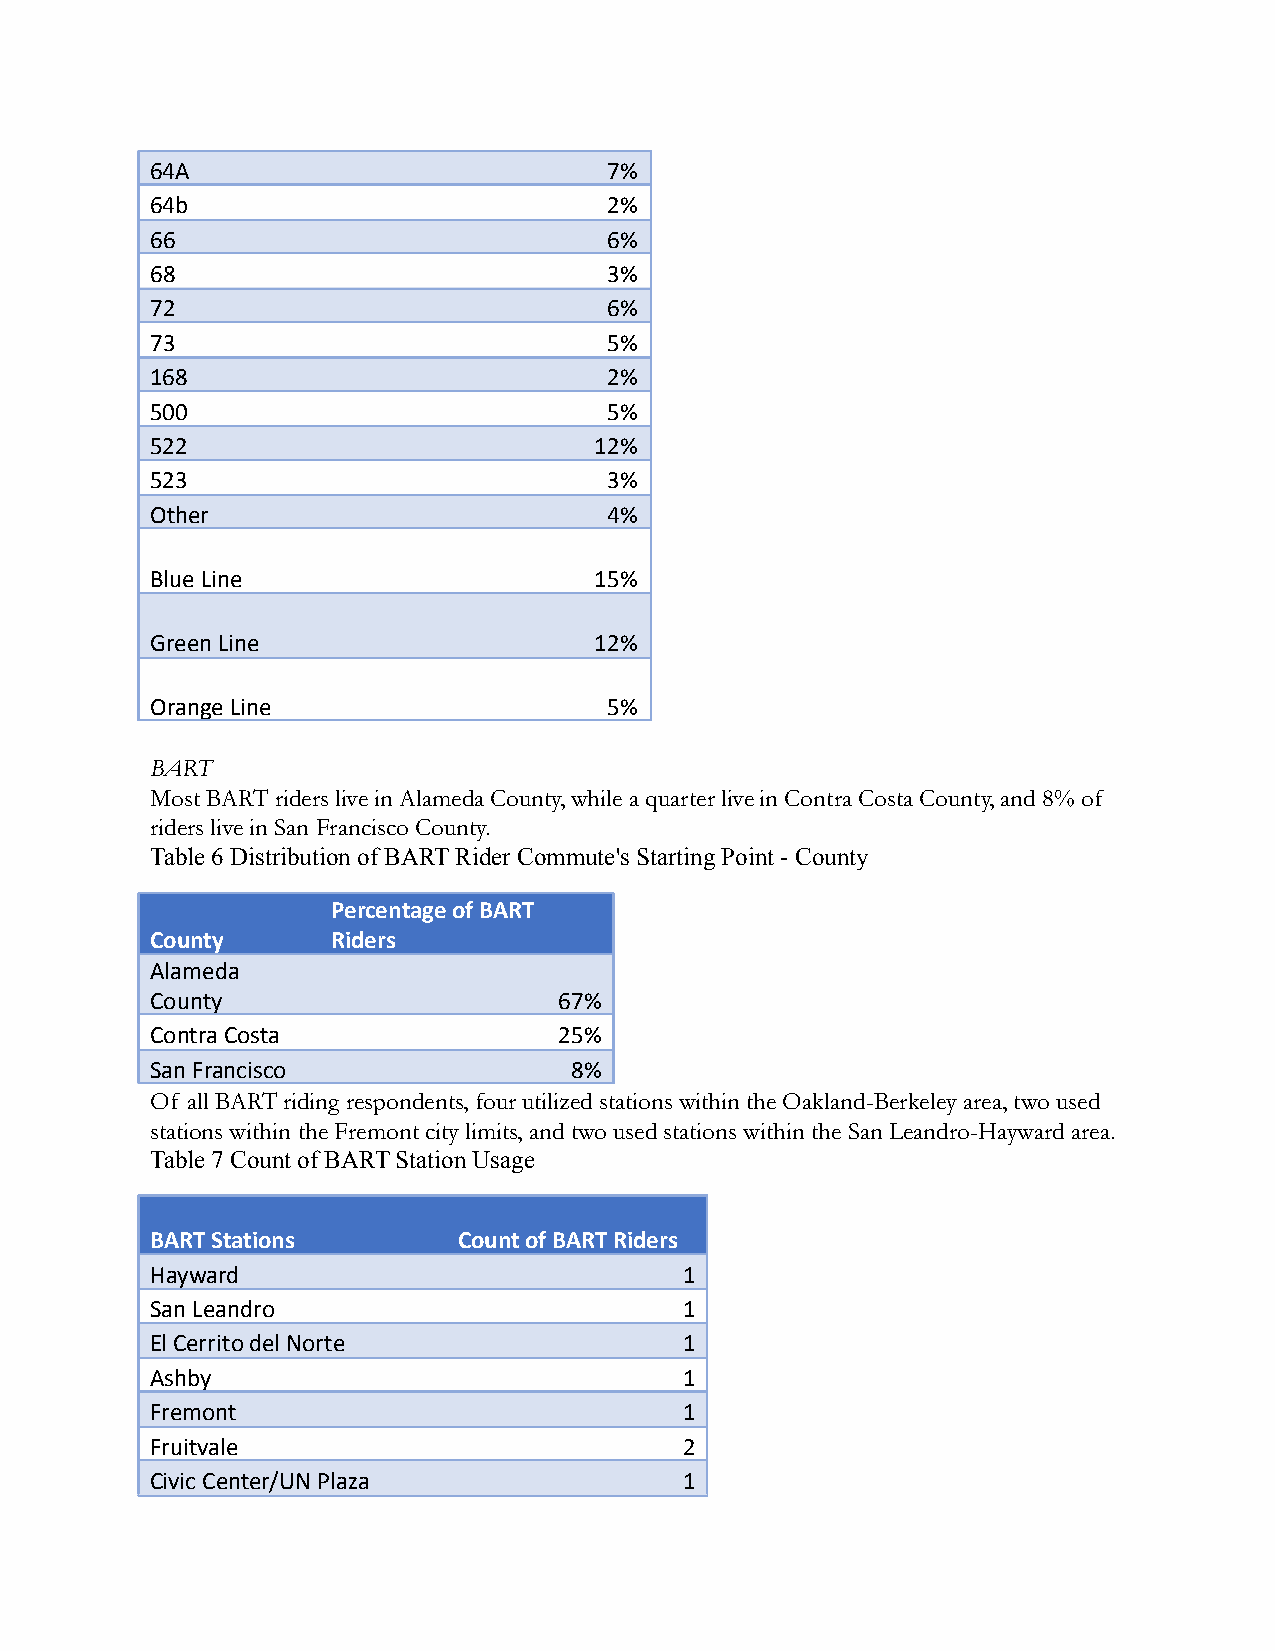
64A                           7%
 64b                           2%
 66                            6%
 68                            3%
 72                            6%
 73                            5%
 168                           2%
 500                           5%
 522                          12%
 523                           3%
 Other                         4%
 Blue Line                    15%
 Green Line                   12%
 Orange Line                   5%
 BART
 Most BART riders live in Alameda County, while a quarter live in Contra Costa County, and 8% of
 riders live in San Francisco County.
 Table 6 Distribution of BART Rider Commute's Starting Point - County
 Percentage of BART
 County      Riders
 Alameda
 County                     67%
 Contra Costa               25%
 San Francisco               8%
 Of all BART riding respondents, four utilized stations within the Oakland-Berkeley area, two used
 stations within the Fremont city limits, and two used stations within the San Leandro-Hayward area.
 Table 7 Count of BART Station Usage
 BART Stations       Count of BART Riders
 Hayward                            1
 San Leandro                        1
 El Cerrito del Norte               1
 Ashby                              1
 Fremont                            1
 Fruitvale                          2
 Civic Center/UN Plaza              1